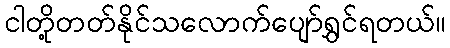
ငါတို့တတ်နိုင်သလောက်ပျော်ရွှင်ရတယ်။